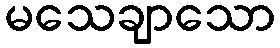
မသေချာသော